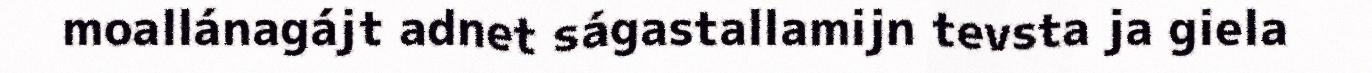
moallánagájt adnet ságastallamijn tevsta ja giela